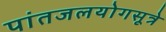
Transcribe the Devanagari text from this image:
पांतजलयोगसूत्रे